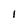
Character: 1